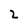
Character: 2